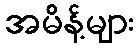
အမိန့်များ